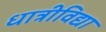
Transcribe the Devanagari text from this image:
धात्रीविद्या